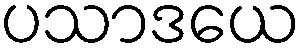
ပသာဒယေ